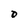
Character: o